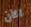
الآن